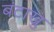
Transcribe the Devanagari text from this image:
बंटाखु